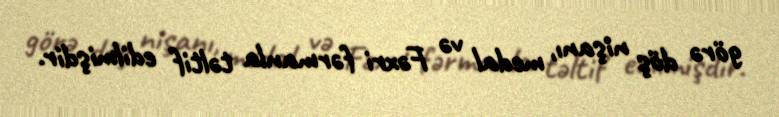
görə döş nişanı, medal və Fəxri fərmanla təltif edilmişdir.